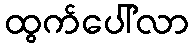
ထွက်ပေါ်လာ